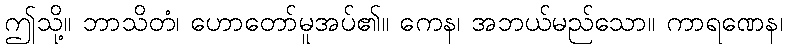
ဤသို့။ ဘာသိတံ၊ ဟောတော်မူအပ်၏။ ကေန၊ အဘယ်မည်သော။ ကာရဏေန၊